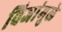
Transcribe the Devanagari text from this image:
विजांमुळे